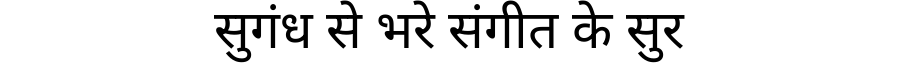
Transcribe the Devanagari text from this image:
सुगंध से भरे संगीत के सुर